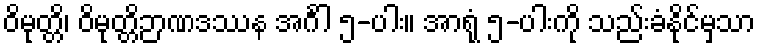
ဝိမုတ္တိ၊ ဝိမုတ္တိဉာဏဒဿန အင်္ဂါ ၅-ပါး။ အာရုံ ၅-ပါးကို သည်းခံနိုင်မှသာ